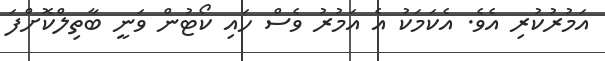
އަމުރުކުރި އެވެ. އެކަމަކު އެ އަމުރު ވެސް ހައި ކޯޓުން ވަނީ ބާތިލްކޮށްފަ